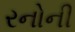
રનોની